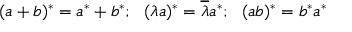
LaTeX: ( a + b ) ^ { * } = a ^ { * } + b ^ { * } ; ~ ~ ( \lambda a ) ^ { * } = \overline { { { \lambda } } } a ^ { * } ; ~ ~ ( a b ) ^ { * } = b ^ { * } a ^ { * }